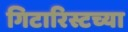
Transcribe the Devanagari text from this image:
गिटारिस्टच्या